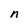
Character: n